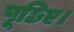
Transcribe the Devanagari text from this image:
पूछिए।